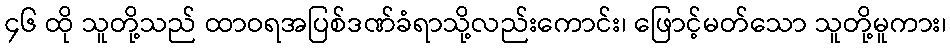
၄၆ ထို သူတို့သည် ထာဝရအပြစ်ဒဏ်ခံရာသို့လည်းကောင်း၊ ဖြောင့်မတ်သော သူတို့မူကား၊